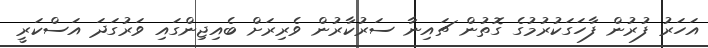
އަހަރު ފުރުން ފާހަގަކުރުމުގެ ގޮތުން ޗައިނާ ސަރުކާރުން ވެރިރަށް ބެއިޖިންގައި ވަރުގަދަ އަސްކަރީ